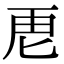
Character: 𮓘